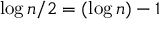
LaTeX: \log n / 2 = ( \log n ) - 1